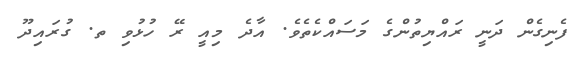
ފެނިގެން ދަނީ ރައްޔިތުންގެ މަސައްކެތެވެ. އާދެ މިއީ ރޭ ހުޅުވި ތ. ގުރައިދޫ